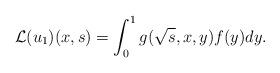
LaTeX: \begin{align*}{\cal L}(u_1)(x,s)=\int_{0}^{1}{g(\sqrt{s},x,y) f(y) dy}.\end{align*}